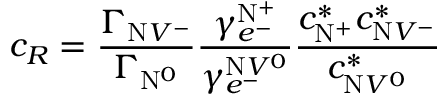
c _ { R } = \frac { \Gamma _ { \mathrm { N } V ^ { - } } } { \Gamma _ { \mathrm { N } ^ { 0 } } } \frac { \gamma _ { e ^ { - } } ^ { \mathrm { N } ^ { + } } } { \gamma _ { e ^ { - } } ^ { \mathrm { N } V ^ { 0 } } } \frac { c _ { \mathrm { N } ^ { + } } ^ { * } c _ { \mathrm { N } V ^ { - } } ^ { * } } { c _ { \mathrm { N } V ^ { 0 } } ^ { * } }